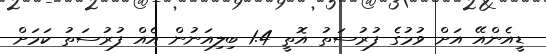
ޑީއެންއޭ އަށް ވުމުގެ ފުރުސަތު އޮތީ 1.4 ބިލިއަނުން އެއް ފުރުސަތު ކަމަށް